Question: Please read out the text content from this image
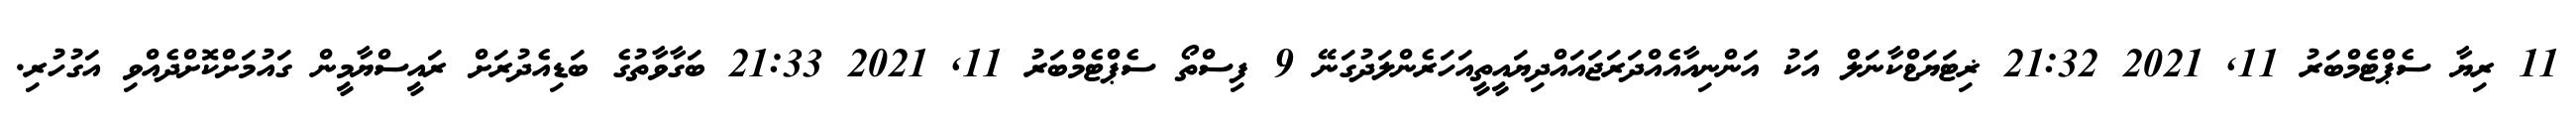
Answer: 11 ރިޔާ ސެޕްޓެމްބަރު 11, 2021 21:32 ޜިޓަޔަޱްކާނަލް އަކު އަންނިއާއެއްދަރަޖައައްދިޔައީތީއަހަރެންލަދުގަނޭ 9 ފިސްތޯ ސެޕްޓެމްބަރު 11, 2021 21:33 ބަގާވާތުގެ ބަޑިއެދުރަށް ރައީސްޔާމީން ގައުމަށްކޮށްދެއްވި އަގުހުރި.